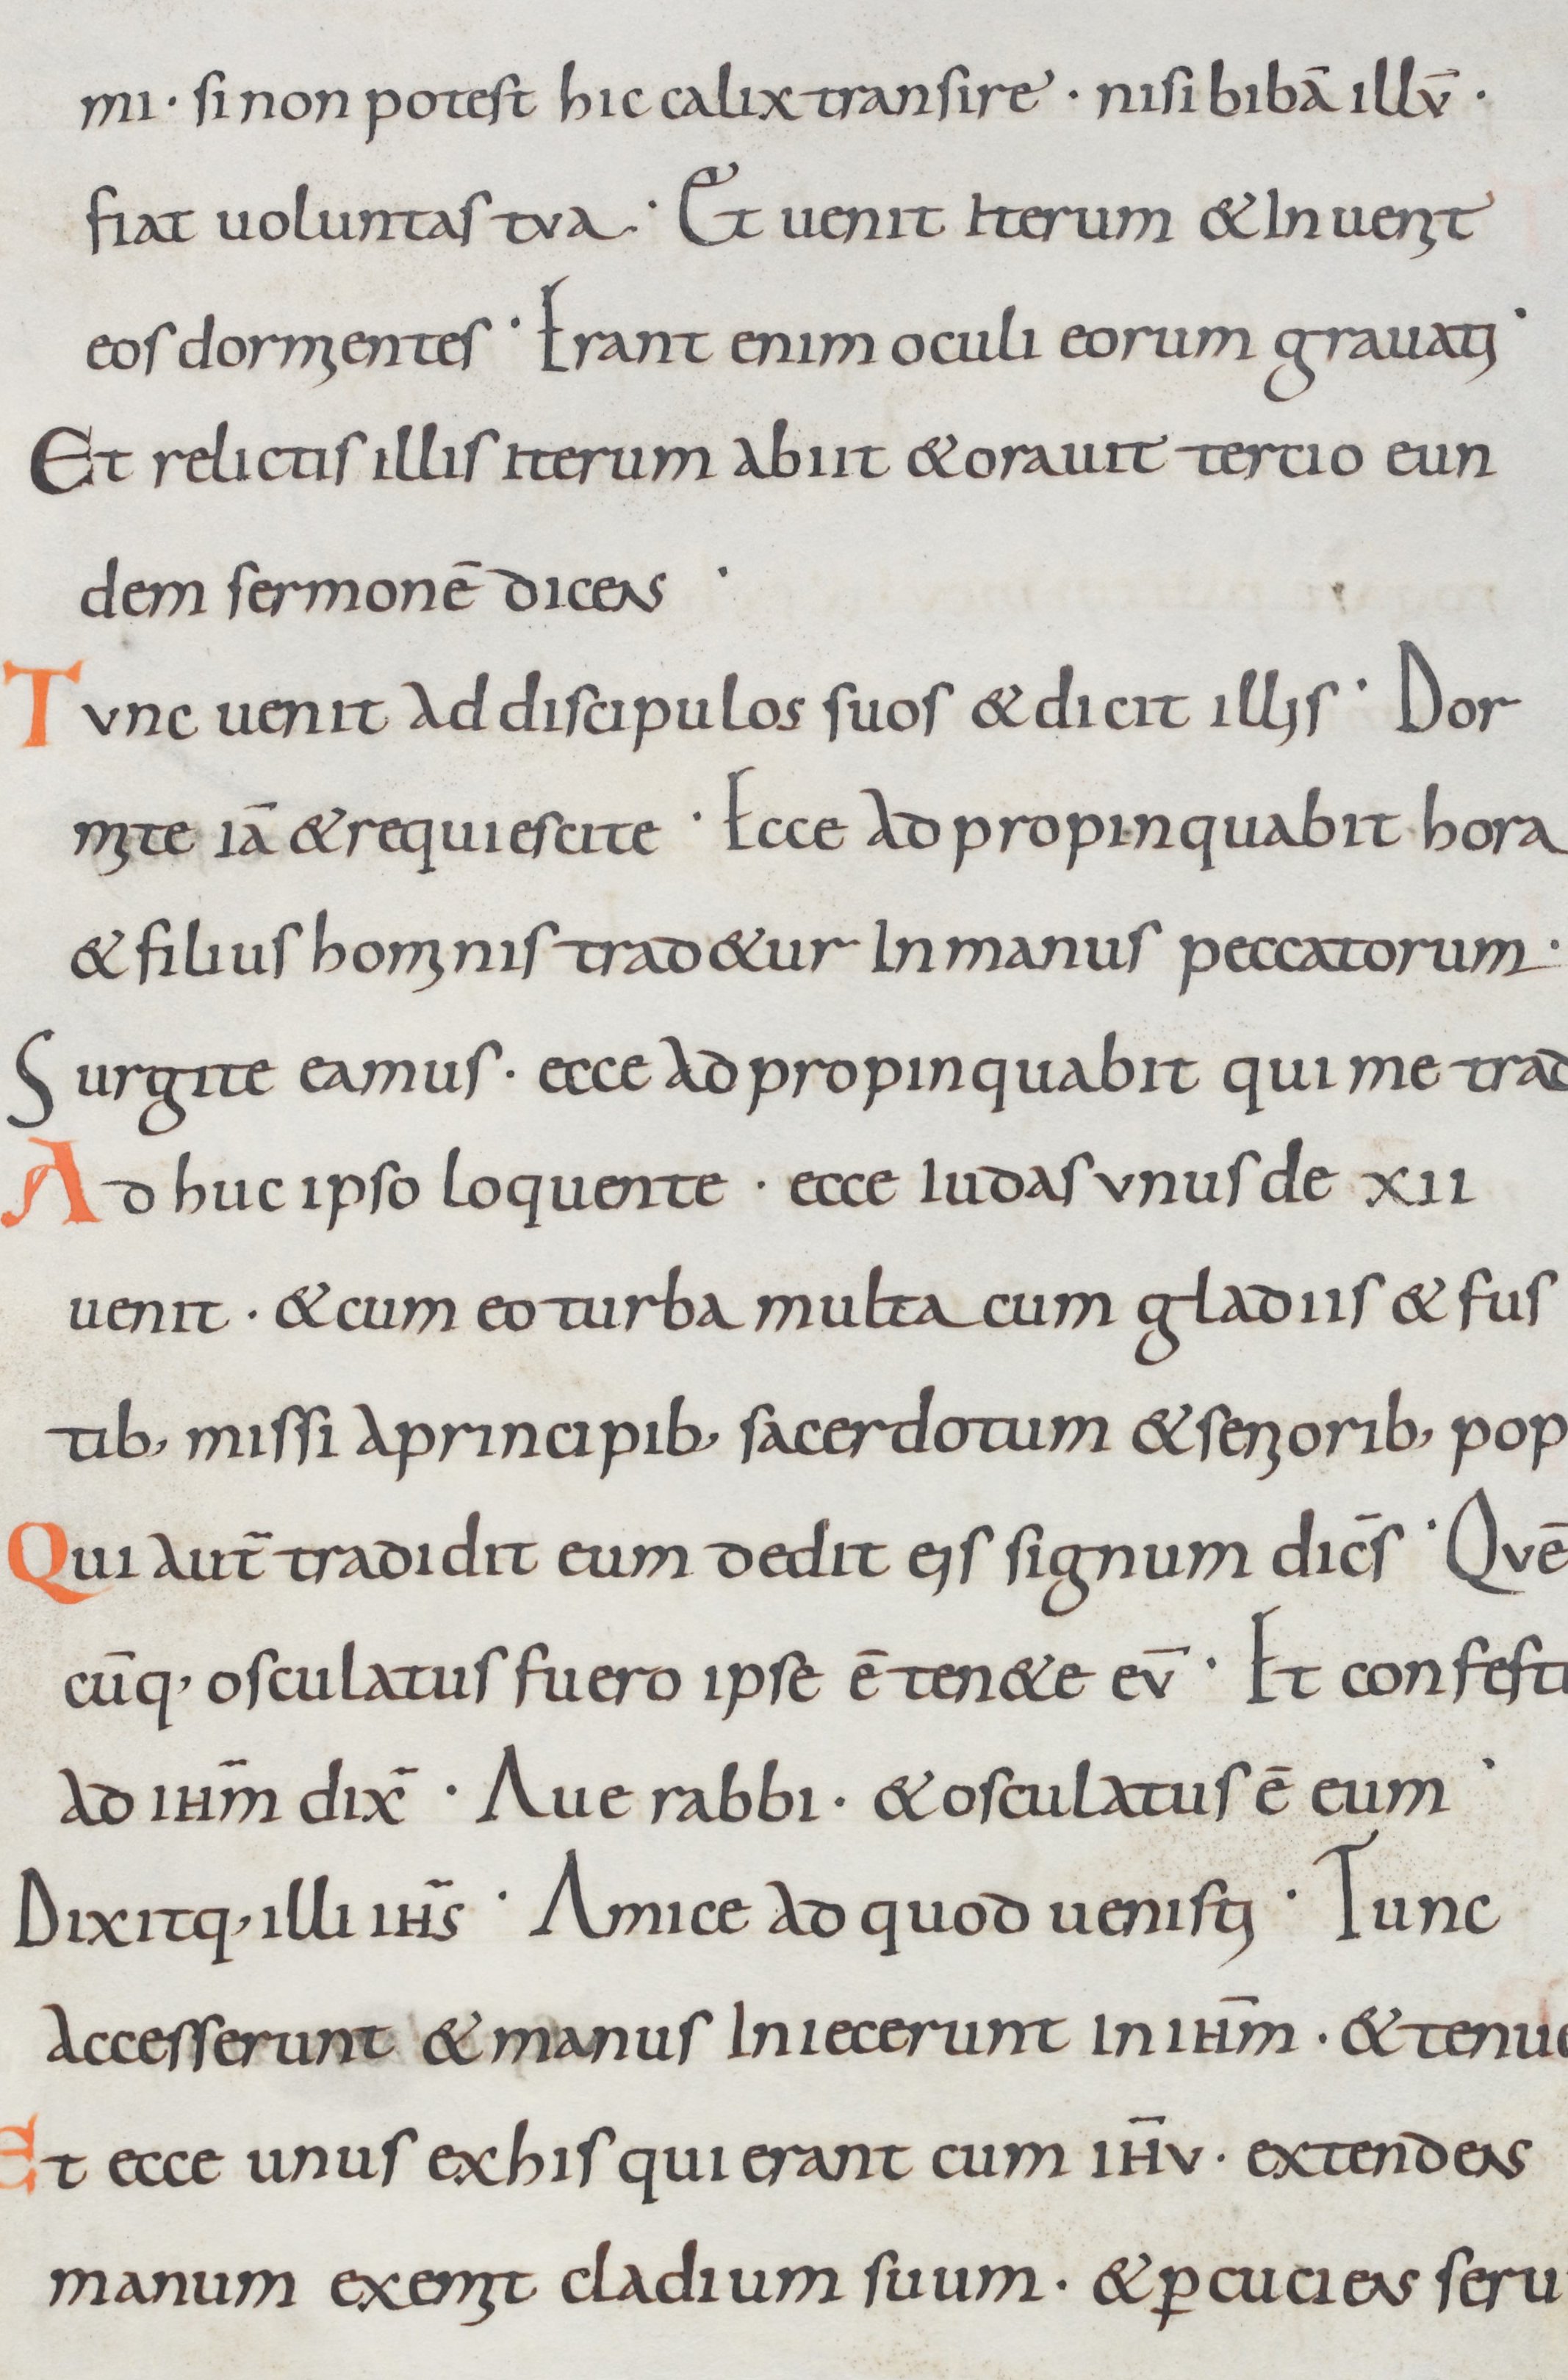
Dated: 800–999